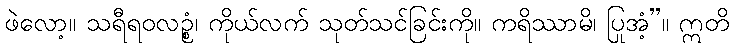
ဖဲလော့။ သရီရဝလဉ္စံ၊ ကိုယ်လက် သုတ်သင်ခြင်းကို။ ကရိဿာမိ၊ ပြုအံ့”။ ဣတိ